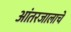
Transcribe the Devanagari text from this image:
आंतरजालाचे